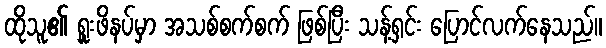
ထိုသူ၏ ရှူးဖိနပ်မှာ အသစ်စက်စက် ဖြစ်ပြီး သန့်ရှင်း ပြောင်လက်နေသည်။